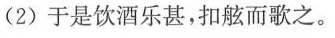
(2) 于是饮酒乐甚，扣舷而歌之。